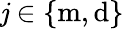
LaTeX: \mathit{j}\in\{ \mathrm{{m}},\mathrm{{d}}\}